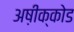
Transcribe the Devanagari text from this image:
अष़ीक्कोड